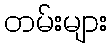
တမ်းများ